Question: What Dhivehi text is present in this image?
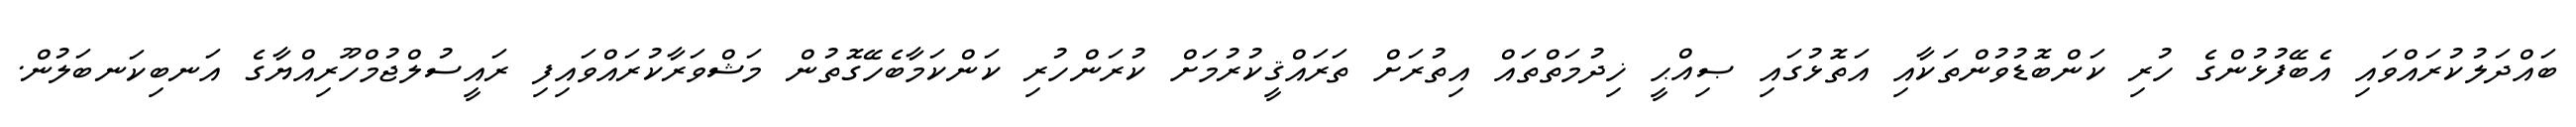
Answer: ބައްދަލުކުރައްވައި އެބޭފުޅުންގެ ހުރި ކަންބޮޑުވުންތަކާއި އަތޮޅުގައި ޞިއްޙީ ޚިދުމަތްތައް އިތުރަށް ތަރައްޤީކުރުމަށް ކުރަންހުރި ކަންކަމާބެހޭގޮތުން މަޝްވަރާކުރައްވައިފި ރައީސުލްޖުމްހޫރިއްޔާގެ އަނބިކަނބަލުން.